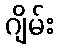
ဂျိမ်း